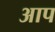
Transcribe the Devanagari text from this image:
अाप